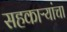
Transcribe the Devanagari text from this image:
सहकाऱ्यांचा